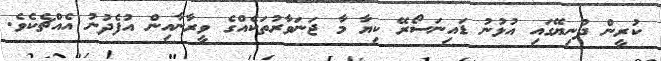
ކުރީން ދުނިޔޭގައި އުޅުނު ޑައިނަސޯރޭ ކިޔާ މާ ޖަނަވާރުތަކެއްގެ ވީރާނާއިން އުފެދުނު އެއްޗެކެވެ.